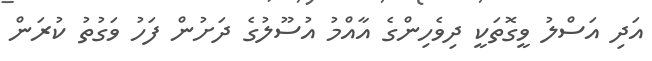
އަދި އަސްލު ވީގޮތަކީ ދިވެހިންގެ އާއްމު އުސޫލުގެ ދަށުން ފަހު ވަގުތު ކުރަން